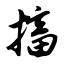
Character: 搐